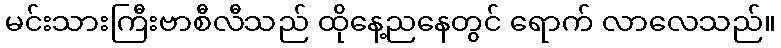
မင်းသားကြီးဗာစီလီသည် ထိုနေ့ညနေတွင် ရောက် လာလေသည်။